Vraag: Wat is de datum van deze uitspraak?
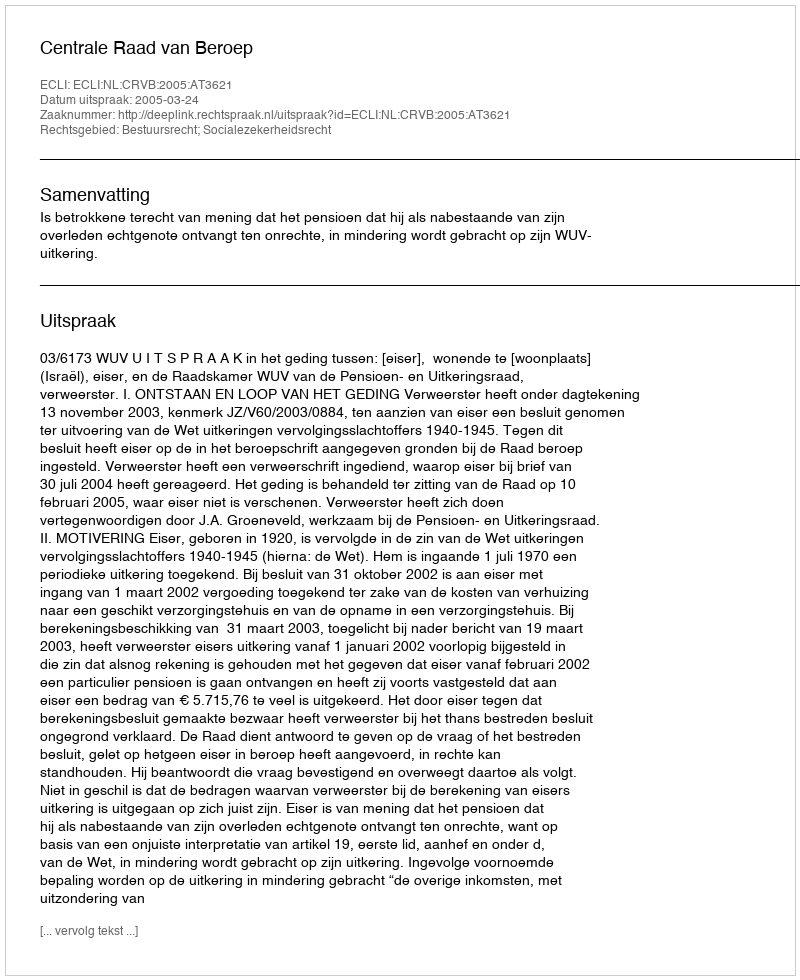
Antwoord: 2005-03-24